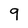
Character: 9